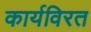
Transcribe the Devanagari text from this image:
कार्यविरत